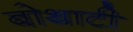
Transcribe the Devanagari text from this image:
बोथाटी